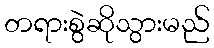
တရားစွဲဆိုသွားမည်